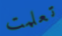
تعلمت